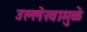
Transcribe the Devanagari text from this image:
उल्लेखामुळे